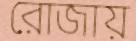
রোজায়